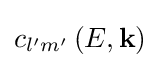
{c_{l'm'}}\left(E,{\bf {k}}\right)